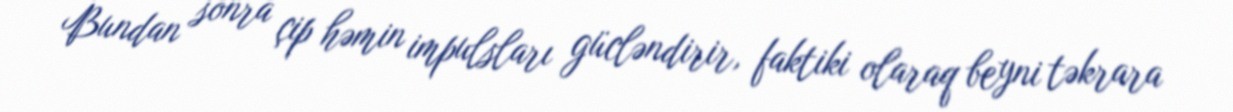
Bundan sonra çip həmin impulsları gücləndirir, faktiki olaraq beyni təkrara